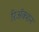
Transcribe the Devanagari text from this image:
रिअॅक्शन